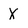
Character: X